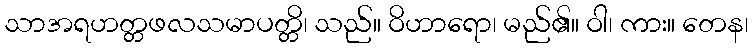
သာအရဟတ္တဖလသမာပတ္တိ၊ သည်။ ဝိဟာရော၊ မည်၏။ ဝါ၊ ကား။ တေန၊